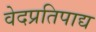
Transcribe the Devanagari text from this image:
वेदप्रतिपाद्य